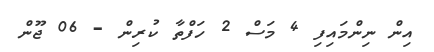
އިން ނިންމައިފި 4 މަސް 2 ހަފްތާ ކުރިން - 06 ޖޫން